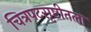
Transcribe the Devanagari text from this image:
चित्रपटसृष्टीतला